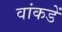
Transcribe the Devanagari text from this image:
वांकडें